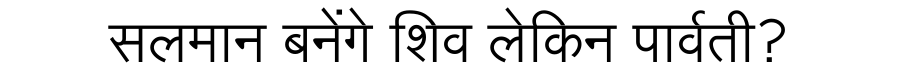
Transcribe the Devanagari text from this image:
सलमान बनेंगे शिव लेकिन पार्वती?